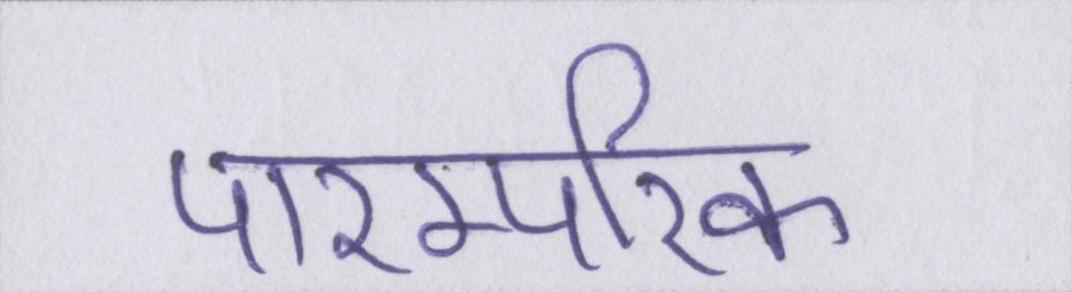
पारम्परिक